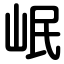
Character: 岷